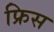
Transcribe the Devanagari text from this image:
फ्रिस